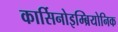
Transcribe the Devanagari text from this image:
कार्सिनोइम्ब्रियोनिक